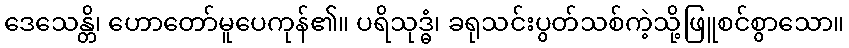
ဒေသေန္တိ၊ ဟောတော်မူပေကုန်၏။ ပရိသုဒ္ဓံ၊ ခရုသင်းပွတ်သစ်ကဲ့သို့ဖြူစင်စွာသော။